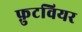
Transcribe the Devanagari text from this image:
फ़ुटवियर